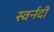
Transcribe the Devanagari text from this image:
स्वर्नदी